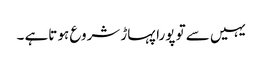
یہیں سے تو پورا پہاڑ شروع ہو تاہے ۔